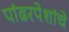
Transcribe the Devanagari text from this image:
पांढरपेशांचे